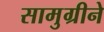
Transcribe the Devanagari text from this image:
सामुग्रीने